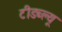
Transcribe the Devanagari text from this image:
टीडब्‍ल्‍यू